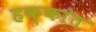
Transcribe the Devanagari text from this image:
हक्कांत